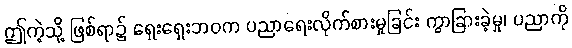
ဤကဲ့သို့ ဖြစ်ရာ၌ ရှေးရှေးဘဝက ပညာရေးလိုက်စားမှုခြင်း ကွာခြားခဲ့မှု၊ ပညာကို